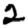
Digit: 2